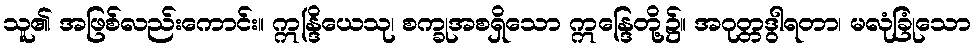
သူ၏ အဖြစ်လည်းကောင်း။ ဣန္ဒြိယေသု၊ စက္ခုအစရှိသော ဣန္ဒြေတို့၌။ အဂုတ္တဒွါရတာ၊ မလုံခြုံသော